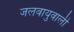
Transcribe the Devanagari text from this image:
जलवायुवाली